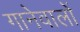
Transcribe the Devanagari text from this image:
गानेवालों